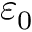
\varepsilon _ { 0 }